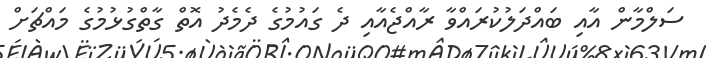
ސަލްމާން އާއި ބައްދަލުކުރައްވާ ރާއްޖެއާއި ދެ ގައުމުގެ ދެމެދު އޮތް ގާތްގުޅުމުގެ މައްޗަށް